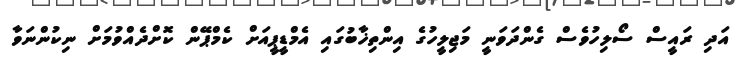
އަދި ރައީސް ސޯލިހުވެސް ގެންދަވަނީ މަޖިލީހުގެ އިންތިޚާބުގައި އެމްޑީޕީއަށް ކެމްޕޭން ކޮށްދެއްވުމަށް ނިކުންނަވާ